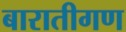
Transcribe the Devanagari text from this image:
बारातीगण